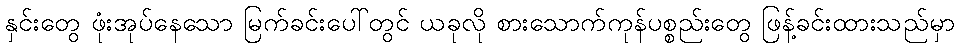
နှင်းတွေ ဖုံးအုပ်နေသော မြက်ခင်းပေါ်တွင် ယခုလို စားသောက်ကုန်ပစ္စည်းတွေ ဖြန့်ခင်းထားသည်မှာ